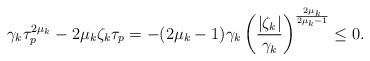
LaTeX: \begin{align*}\gamma_k\tau_p^{2\mu_k} - 2\mu_k\zeta_k\tau_p = -(2\mu_k-1)\gamma_k \left(\frac{|\zeta_k|}{\gamma_k}\right)^\frac{2\mu_k}{2\mu_k-1}\leq0. \end{align*}